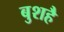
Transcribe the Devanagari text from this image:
बुशहै